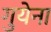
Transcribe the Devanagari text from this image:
गुयेना